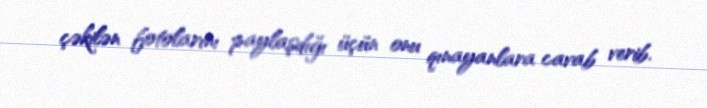
çəkilən fotolarını paylaşdığı üçün onu qınayanlara cavab verib.